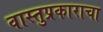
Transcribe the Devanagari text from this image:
वास्तुप्रकाराचा